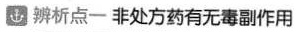
辨析点一非处方药有无毒副作用